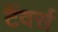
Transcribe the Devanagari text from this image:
टैंवर्स